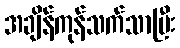
အချိန်ကုန်သက်သာပြီး